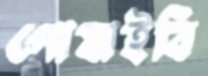
পোষাইবি